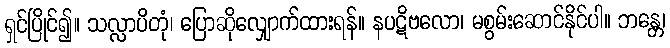
ရှင်ပြိုင်၍။ သလ္လာပိတုံ၊ ပြောဆိုလျှောက်ထားရန်။ နပဋိဗလော၊ မစွမ်းဆောင်နိုင်ပါ။ ဘန္တေ၊